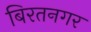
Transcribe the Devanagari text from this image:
बिरतनगर